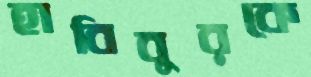
হাবিবুরকে